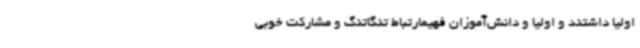
اولیا داشتند و اولیا و دانش‌آموزان فهیمارتباط تنگاتنگ و مشارکت خوبی